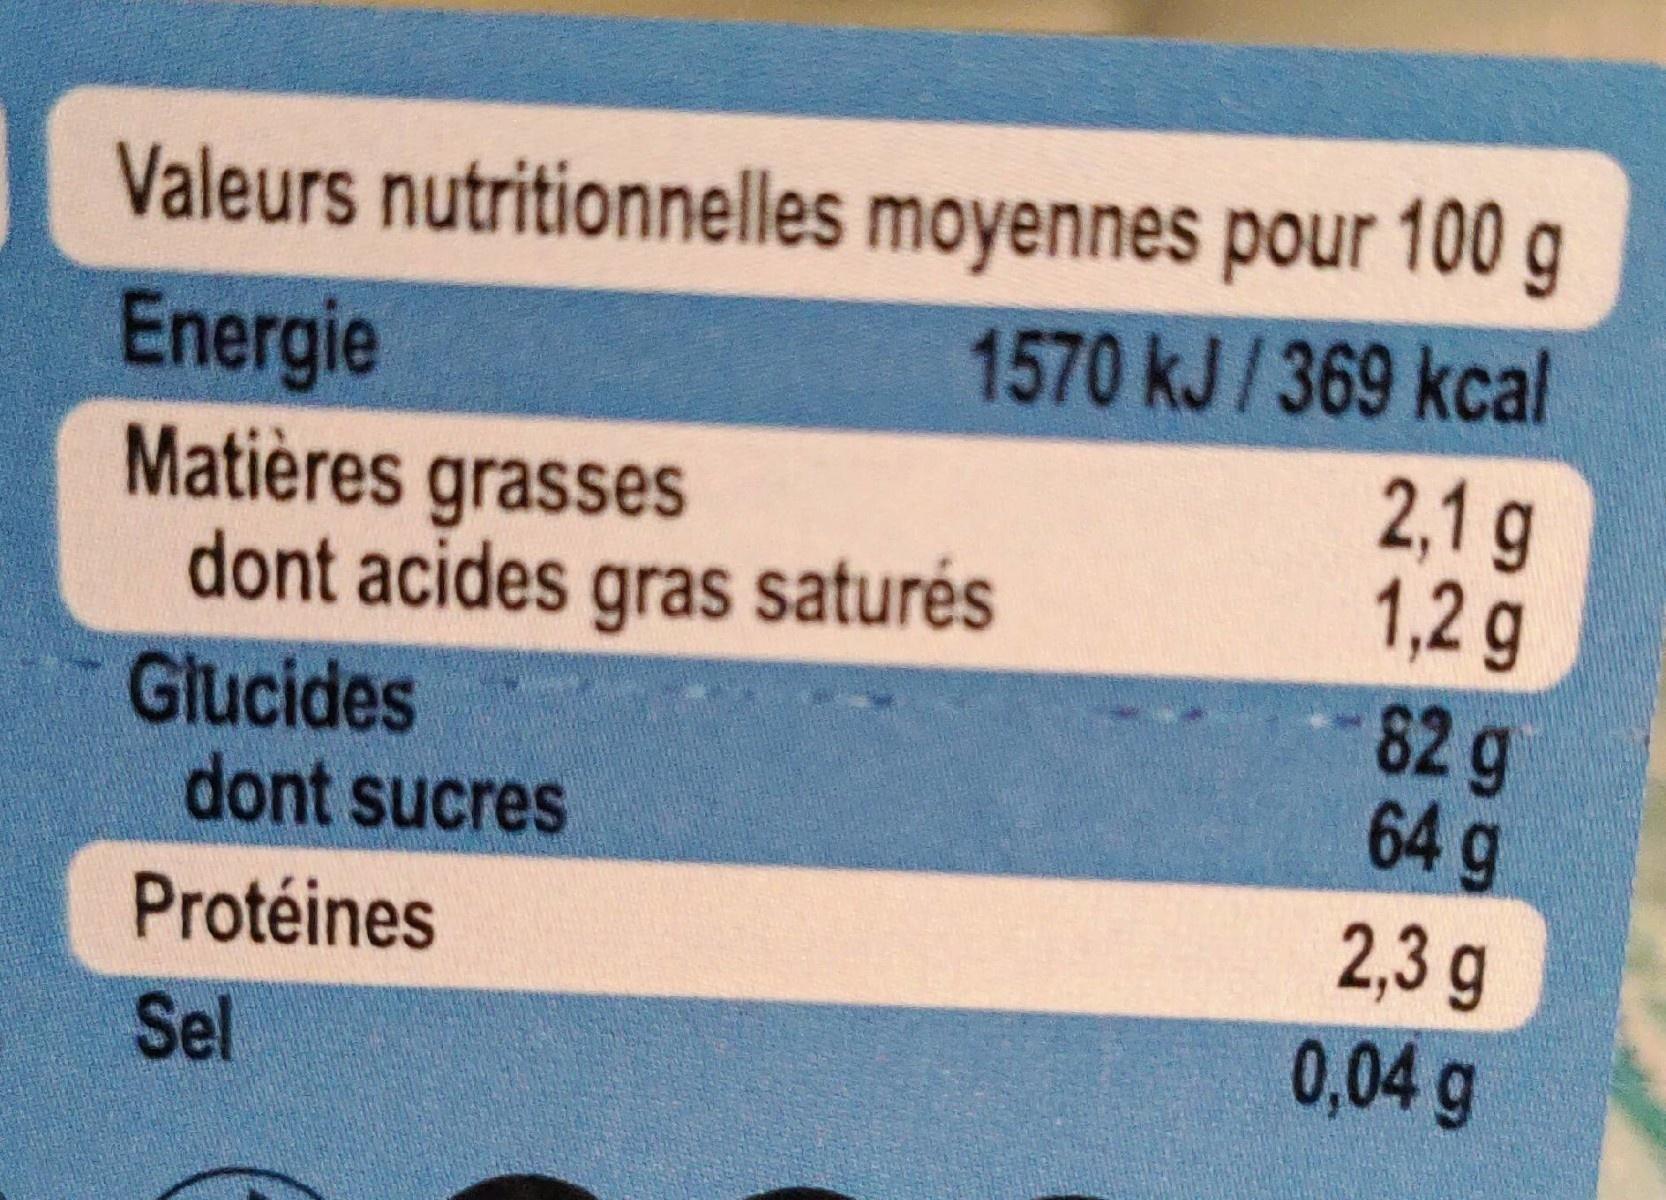
Valeurs nutritionnelles moyennes pour 100 g 1570 kJ/369 kcal 2,1 g 1,2g
Energie
Matières grasses dont acides gras saturés
Glucides dont sucres
82g 64 g
2,3 g 0,04g
Protéines
Sel